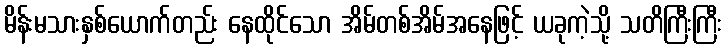
မိန်းမသားနှစ်ယောက်တည်း နေထိုင်သော အိမ်တစ်အိမ်အနေဖြင့် ယခုကဲ့သို့ သတိကြီးကြီး